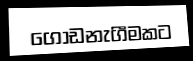
ගොඩනැගීමකට